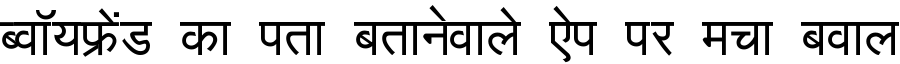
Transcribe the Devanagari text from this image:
ब्वॉयफ्रेंड का पता बतानेवाले ऐप पर मचा बवाल